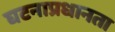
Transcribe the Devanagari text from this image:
घटनाप्रधानता